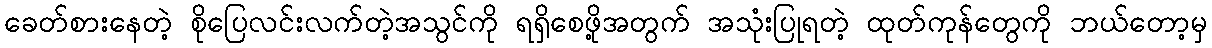
ခေတ်စားနေတဲ့ စိုပြေလင်းလက်တဲ့အသွင်ကို ရရှိစေဖို့အတွက် အသုံးပြုရတဲ့ ထုတ်ကုန်တွေကို ဘယ်တော့မှ